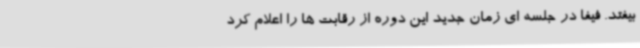
بیفتد. فیفا در جلسه ای زمان جدید این دوره از رقابت ها را اعلام کرد